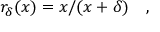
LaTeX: r _ { \delta } ( x ) = x / ( x + \delta ) \quad ,